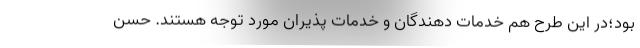
بود؛در این طرح هم خدمات دهندگان و خدمات پذیران مورد توجه هستند. حسن